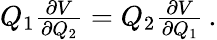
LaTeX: \begin{array}{r}{Q_{1}\frac{\partial V}{\partial Q_{2}}=Q_{2}\frac{\partial V}{\partial Q_{1}}\, .}\end{array}